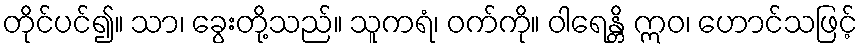
တိုင်ပင်၍။ သာ၊ ခွေးတို့သည်။ သူကရံ၊ ဝက်ကို။ ဝါရေန္တိ ဣဝ၊ ဟောင်သဖြင့်